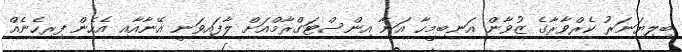
ބިލިޔަނަރު ކެރްވާރާގެ ޒުވާން އަނބިމީހާ އަނާ އިންސްޓަގްރާމްއަށް ލާފައިވަނީ އޭނާއާއި އެހެން ފިރިހެނެއް